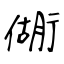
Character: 衚